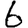
Digit: 6